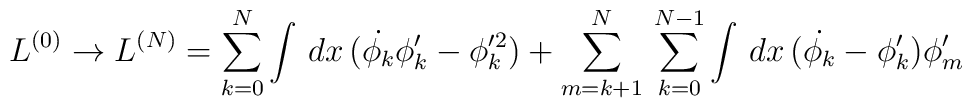
L^{(0)}\rightarrow L^{(N)}=\sum_{k=0}^{N}\int\,dx\,(\dot{\phi_k}\phi_k'-\phi_k'^2)+\sum_{m=k+1}^{N}\,\sum_{k=0}^{N-1}\int\,dx\,(\dot{\phi_k}-\phi_k')\phi_m'